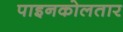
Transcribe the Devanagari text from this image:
पाइनकोलतार